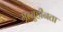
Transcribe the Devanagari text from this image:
मृत्युहीनता